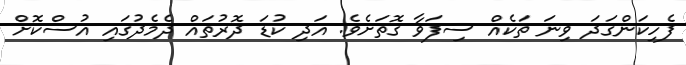
ފެހިކަންގަދަ ވިނަ ތަކެއް ސިފަވާ ގޮތަށެވެ. އަދި ކުޑަ ދޮރުތައް ދެމެދުގައި އުސްކޮށް